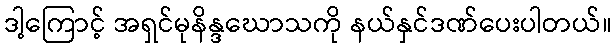
ဒါ့ကြောင့် အရှင်မုနိန္ဒဃောသကို နယ်နှင်ဒဏ်ပေးပါတယ်။